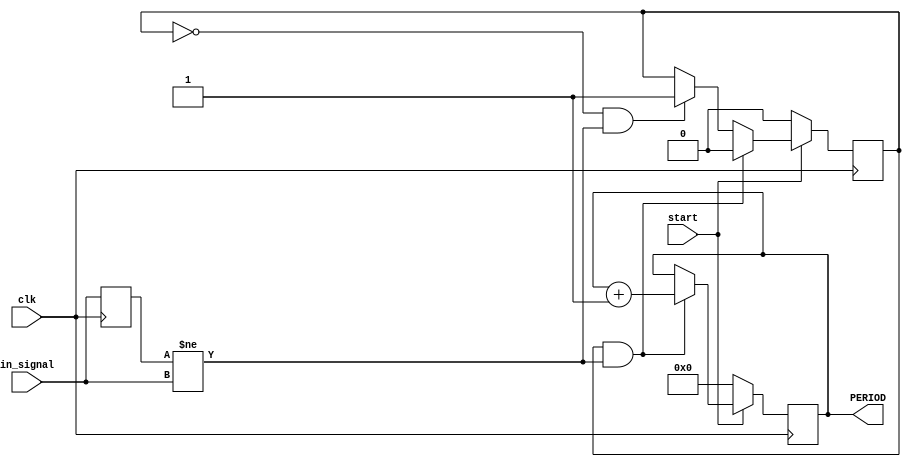
`timescale 1ns / 1ps
//////////////////////////////////////////////////////////////////////////////////
// Company: 
// Engineer: 
// 
// Design Name: 
// Module Name: COUNTER
// Project Name: 
// Target Devices: 
// Tool Versions: 
// Description: 
// 
// Dependencies: 
// 
// Revision:
// Revision 0.01 - File Created
// Additional Comments:
// 
//////////////////////////////////////////////////////////////////////////////////


module COUNTER(
    input clk, start, in_signal,
    output reg [15:0] PERIOD
    );
    reg [15:0] counter;
    reg last, change;
    always @(posedge clk) begin
        last <= in_signal;
        if(start) begin
            if(change == 1 && last != in_signal) begin
                counter <= 0;
                change <= 0;
                PERIOD <= PERIOD + 2'b1;
//                if(PERIOD[17] == 2'b1) PERIOD[17] <= 2'b0;
//                else PERIOD[17] <= 2'b1;
            end
            else if(change == 0 && last != in_signal) begin
                counter <= counter + 2'b1;
                change <= 2'b1;
            end
            else begin
                counter <= counter + 2'b1;
            end
        end
        else begin
            change <= 0;
            counter <= 0;
            PERIOD <= 2'b0;
        end
    end
endmodule